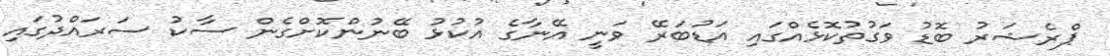
ޕްރެޝަރު ބޮޑު ވަގުތުކޮޅެއްގައި އަޑުބަރޭ ވަނީ އޭނާގެ އުކުޅު ބޭނުންކޮށްގެން ސާކު ސަރައްދުގައި